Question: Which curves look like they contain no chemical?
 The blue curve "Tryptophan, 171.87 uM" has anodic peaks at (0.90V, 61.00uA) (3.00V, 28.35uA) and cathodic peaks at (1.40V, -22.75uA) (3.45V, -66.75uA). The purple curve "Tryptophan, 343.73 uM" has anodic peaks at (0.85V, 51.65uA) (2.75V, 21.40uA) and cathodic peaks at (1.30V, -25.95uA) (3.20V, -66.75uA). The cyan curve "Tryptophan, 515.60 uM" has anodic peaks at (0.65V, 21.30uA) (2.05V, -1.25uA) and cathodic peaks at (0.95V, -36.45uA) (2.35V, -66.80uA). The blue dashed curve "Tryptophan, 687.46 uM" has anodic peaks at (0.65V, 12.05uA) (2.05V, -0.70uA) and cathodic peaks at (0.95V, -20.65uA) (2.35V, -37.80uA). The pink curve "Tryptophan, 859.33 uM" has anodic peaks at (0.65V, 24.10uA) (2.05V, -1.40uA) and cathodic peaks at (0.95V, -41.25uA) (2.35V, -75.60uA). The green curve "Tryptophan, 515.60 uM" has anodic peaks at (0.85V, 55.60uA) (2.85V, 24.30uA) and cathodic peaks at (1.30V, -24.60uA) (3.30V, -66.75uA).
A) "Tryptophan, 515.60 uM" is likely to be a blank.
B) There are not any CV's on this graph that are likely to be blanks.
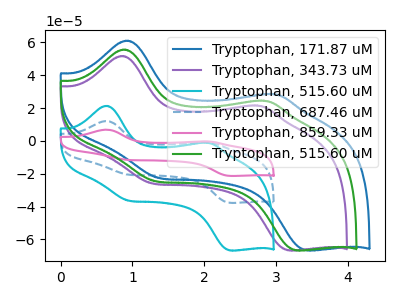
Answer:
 <answer>B) There are not any CV's on this graph that are likely to be blanks.</answer>
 <eval>B</eval>